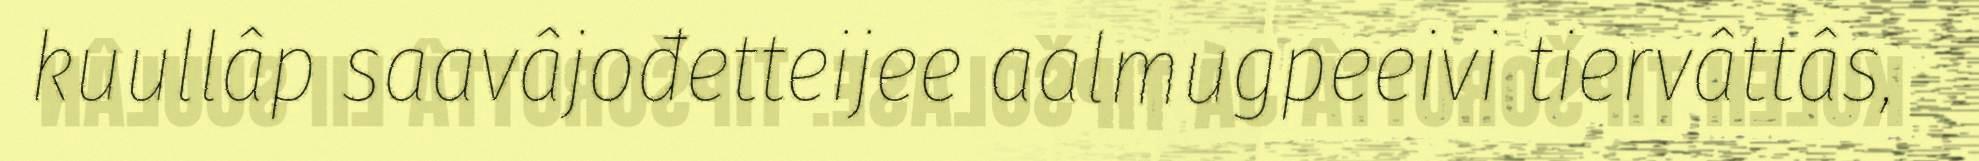
kuullâp saavâjođetteijee aalmugpeeivi tiervâttâs,